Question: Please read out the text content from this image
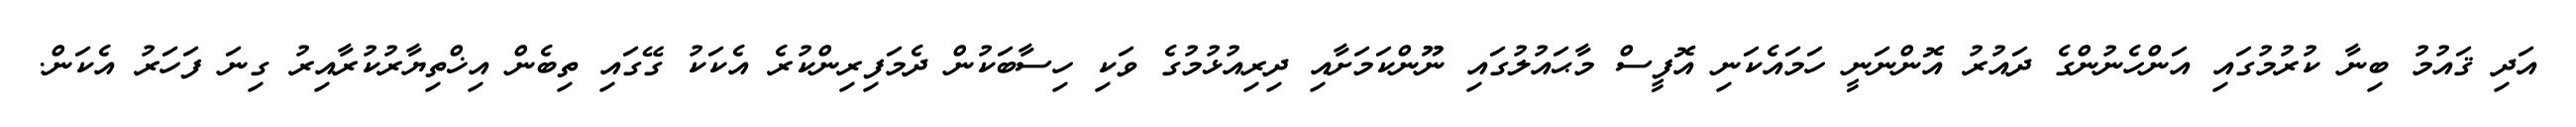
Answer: އަދި ޤައުމު ބިނާ ކުރުމުގައި އަންހެނުންގެ ދައުރު އޮންނަނީ ހަމައެކަނި އޮފީސް މާޙައުލުގައި ނޫންކަމަށާއި ދިރިއުޅުމުގެ ވަކި ހިސާބަކުން ދެމަފިރިންކުރެ އެކަކު ގޭގައި ތިބެން އިޚްތިޔާރުކުރާއިރު ގިނަ ފަހަރު އެކަން.